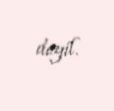
deyil.